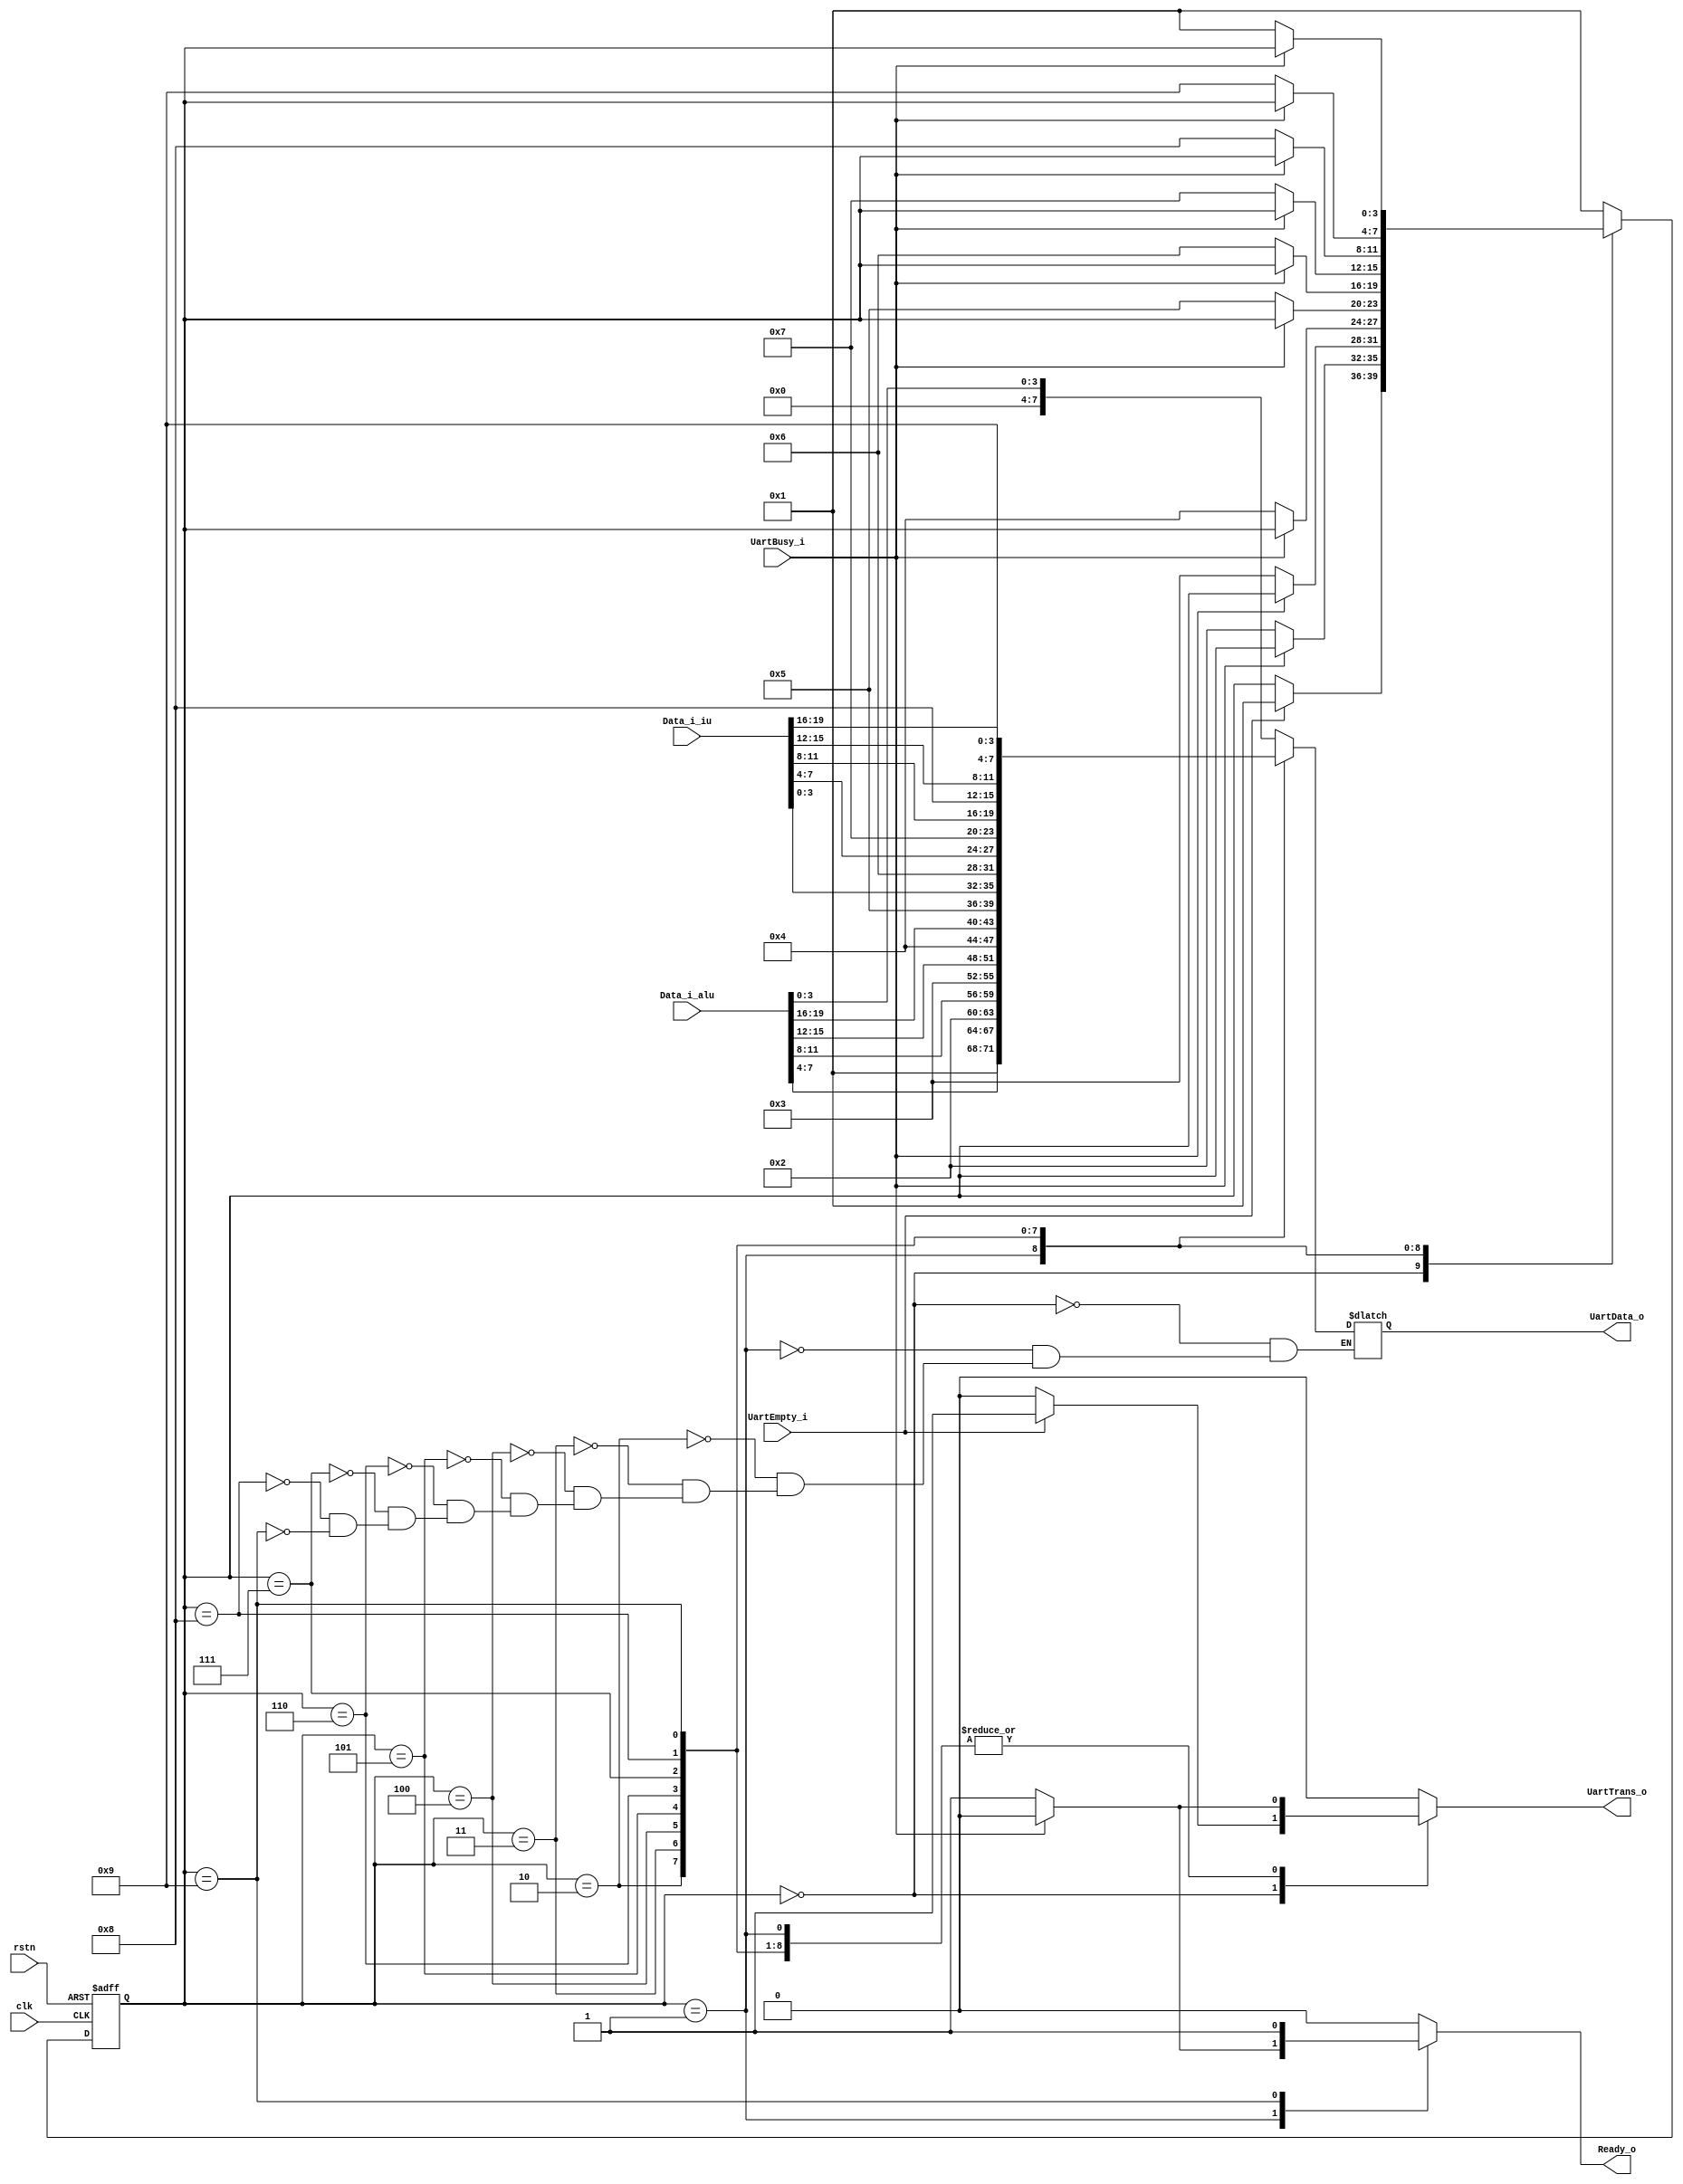
module aging2uart (
    input   wire                    clk,
    input   wire                    rstn,

    input   wire    [19:0]          Data_i_iu,
    input   wire    [19:0]          Data_i_alu,

    output  reg     [7:0]           UartData_o,
    output  reg                     UartTrans_o,
    output  reg                     Ready_o,
    input   wire                    UartBusy_i,
    input   wire                    UartEmpty_i
);

localparam  TA0 =   4'h0;
localparam  TA1 =   4'h1;
localparam  TA2 =   4'h2;
localparam  TA3 =   4'h3;
localparam  TA4 =   4'h4;
localparam  TI0 =   4'h5;
localparam  TI1 =   4'h6;
localparam  TI2 =   4'h7;
localparam  TI3 =   4'h8;
localparam  TI4 =   4'h9;



reg     [3:0]   StateCr = TA0;
reg     [3:0]   StateNxt;

always@(posedge clk or negedge rstn) begin
    if(~rstn) begin
        StateCr <=  TA0;
    end else begin
        StateCr <=  StateNxt;
    end 
end

always@(*) begin
    case(StateCr)
        TA0 : begin
            if(UartEmpty_i) begin
                StateNxt    =   TA1;
            end else begin
                StateNxt    =   StateCr;
            end
        end TA1 : begin
            if(~UartBusy_i) begin
                StateNxt    =   TA2;
            end else begin
                StateNxt    =   StateCr;
            end
        end TA2 : begin
            if(~UartBusy_i) begin
                    StateNxt    =   TA3;
                end else begin
                    StateNxt    =   StateCr;
                end
        end TA3 : begin
            if(~UartBusy_i) begin
                StateNxt    =   TA4;
            end else begin
                StateNxt    =   StateCr;
            end
        end TA4 : begin
            if(~UartBusy_i) begin
                StateNxt    =   TI0;
            end else begin
                StateNxt    =   StateCr;
            end
        end TI0 : begin
            if(~UartBusy_i) begin
                StateNxt    =   TI1;
            end else begin
                StateNxt    =   StateCr;
            end
        end TI1 : begin
            if(~UartBusy_i) begin
                StateNxt    =   TI2;
            end else begin
                StateNxt    =   StateCr;
            end
        end TI2 : begin
            if(~UartBusy_i) begin
                StateNxt    =   TI3;
            end else begin
                StateNxt    =   StateCr;
            end
        end TI3 : begin
            if(~UartBusy_i) begin
                StateNxt    =   TI4;
            end else begin
                StateNxt    =   StateCr;
            end
        end TI4 : begin
            if(~UartBusy_i) begin
                StateNxt    =   TA1;
            end else begin
                StateNxt    =   StateCr;
            end
        end default : begin
            StateNxt    =   TA1;
        end
    endcase
end

always@(*) begin
    case(StateCr) 
        TA0 : begin
            UartData_o  =   {TA0,Data_i_alu[3:0]};
            if(UartEmpty_i) begin
                UartTrans_o =   1'b1;
            end else begin
                UartTrans_o =   1'b0;
            end
            Ready_o =   1'b0;
        end TA1 : begin
            UartData_o  =   {TA1,Data_i_alu[7:4]};
            if(~UartBusy_i) begin
                UartTrans_o =   1'b1;
                Ready_o =   1'b1;
            end else begin
                UartTrans_o =   1'b0;
                Ready_o =   1'b0;
            end
        end TA2 : begin
            UartData_o  =   {TA2,Data_i_alu[11:8]}; 
            if(~UartBusy_i ) begin
                UartTrans_o =   1'b1;
            end else begin
                UartTrans_o =   1'b0;
            end
            Ready_o =   1'b0;
        end TA3 : begin
            UartData_o  =   {TA3,Data_i_alu[15:12]};
            if(~UartBusy_i) begin
                UartTrans_o =   1'b1;
            end else begin
                UartTrans_o =   1'b0;
            end
            Ready_o =   1'b0;
        end TA4 : begin
            UartData_o  =   {TA4,Data_i_alu[19:16]};
            if(~UartBusy_i) begin
                UartTrans_o =   1'b1;
            end else begin
                UartTrans_o =   1'b0;
            end
            Ready_o =   1'b0;
        end TI0 : begin
            UartData_o  =   {TI0,Data_i_iu[3:0]};
            if(~UartBusy_i) begin
                UartTrans_o =   1'b1;
            end else begin
                UartTrans_o =   1'b0;
            end
            Ready_o =   1'b0;
        end TI1 : begin
            UartData_o  =   {TI1,Data_i_iu[7:4]};
            if(~UartBusy_i) begin
                UartTrans_o =   1'b1;
            end else begin
                UartTrans_o =   1'b0;
            end
            Ready_o =   1'b0;
        end TI2 : begin
            UartData_o  =   {TI2,Data_i_iu[11:8]}; 
            if(~UartBusy_i ) begin
                UartTrans_o =   1'b1;
            end else begin
                UartTrans_o =   1'b0;
            end
            Ready_o =   1'b0;
        end TI3 : begin
            UartData_o  =   {TI3,Data_i_iu[15:12]};
            if(~UartBusy_i) begin
                UartTrans_o =   1'b1;
            end else begin
                UartTrans_o =   1'b0;
            end
            Ready_o =   1'b0;
        end TI4 : begin
            UartData_o  =   {TI4,Data_i_iu[19:16]};
            if(~UartBusy_i) begin
                UartTrans_o =   1'b1;
            end else begin
                UartTrans_o =   1'b0;
            end
            Ready_o =   1'b1;
        end default : begin
            UartTrans_o =   1'b0;
            Ready_o =   1'b0;
        end
    endcase
end

endmodule